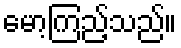
မော့ကြည့်သည်။